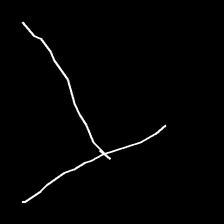
Glyph: column